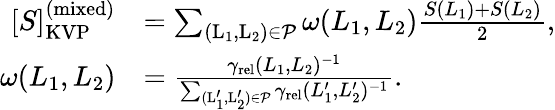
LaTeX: \begin{array}{rl}{[S]_{\mathrm{KVP}}^{\mathrm{(mixed)}}}&{=\sum_{\mathrm{(L_{1},L_{2})}\in\mathcal{P}}\omega(L_{1},L_{2})\frac{S(L_{1})+S(L_{2})}{2},}\\ {\omega(L_{1},L_{2})}&{=\frac{\gamma_{\mathrm{rel}}(L_{1},L_{2})^{-1}}{\sum_{\mathrm{(L_{1}^{\prime},L_{2}^{\prime})}\in\mathcal{P}}\gamma_{\mathrm{rel}}(L_{1}^{\prime},L_{2}^{\prime})^{-1}}.}\end{array}